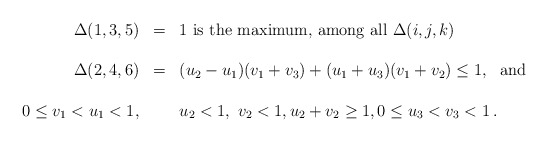
\begin{align*} \begin{array}{rcl}\Delta(1,3,5) & = & 1\mbox{ is the maximum, among all }\Delta(i,j,k)\\&\\ \Delta(2,4,6) &=& (u_2- u_1)(v_1+ v_3) + (u_1 + u_3)(v_1 + v_2) \le 1 ,\ \mbox{ and }\\& &\\0\le v_1<u_1<1,& & u_2<1,\ v_2<1, u_2+v_2\ge 1,0\le u_3<v_3<1\,.\end{array}\end{align*}